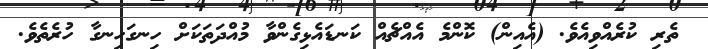
ތެރި ކުރެއްވިއެވެ. (އެއިން) ކޮންމެ އެއްޗެއް ކަނޑައެޅިގެންވާ މުއްދަތަކަށް ހިނގަހިނގާ ހުރެތެވެ.